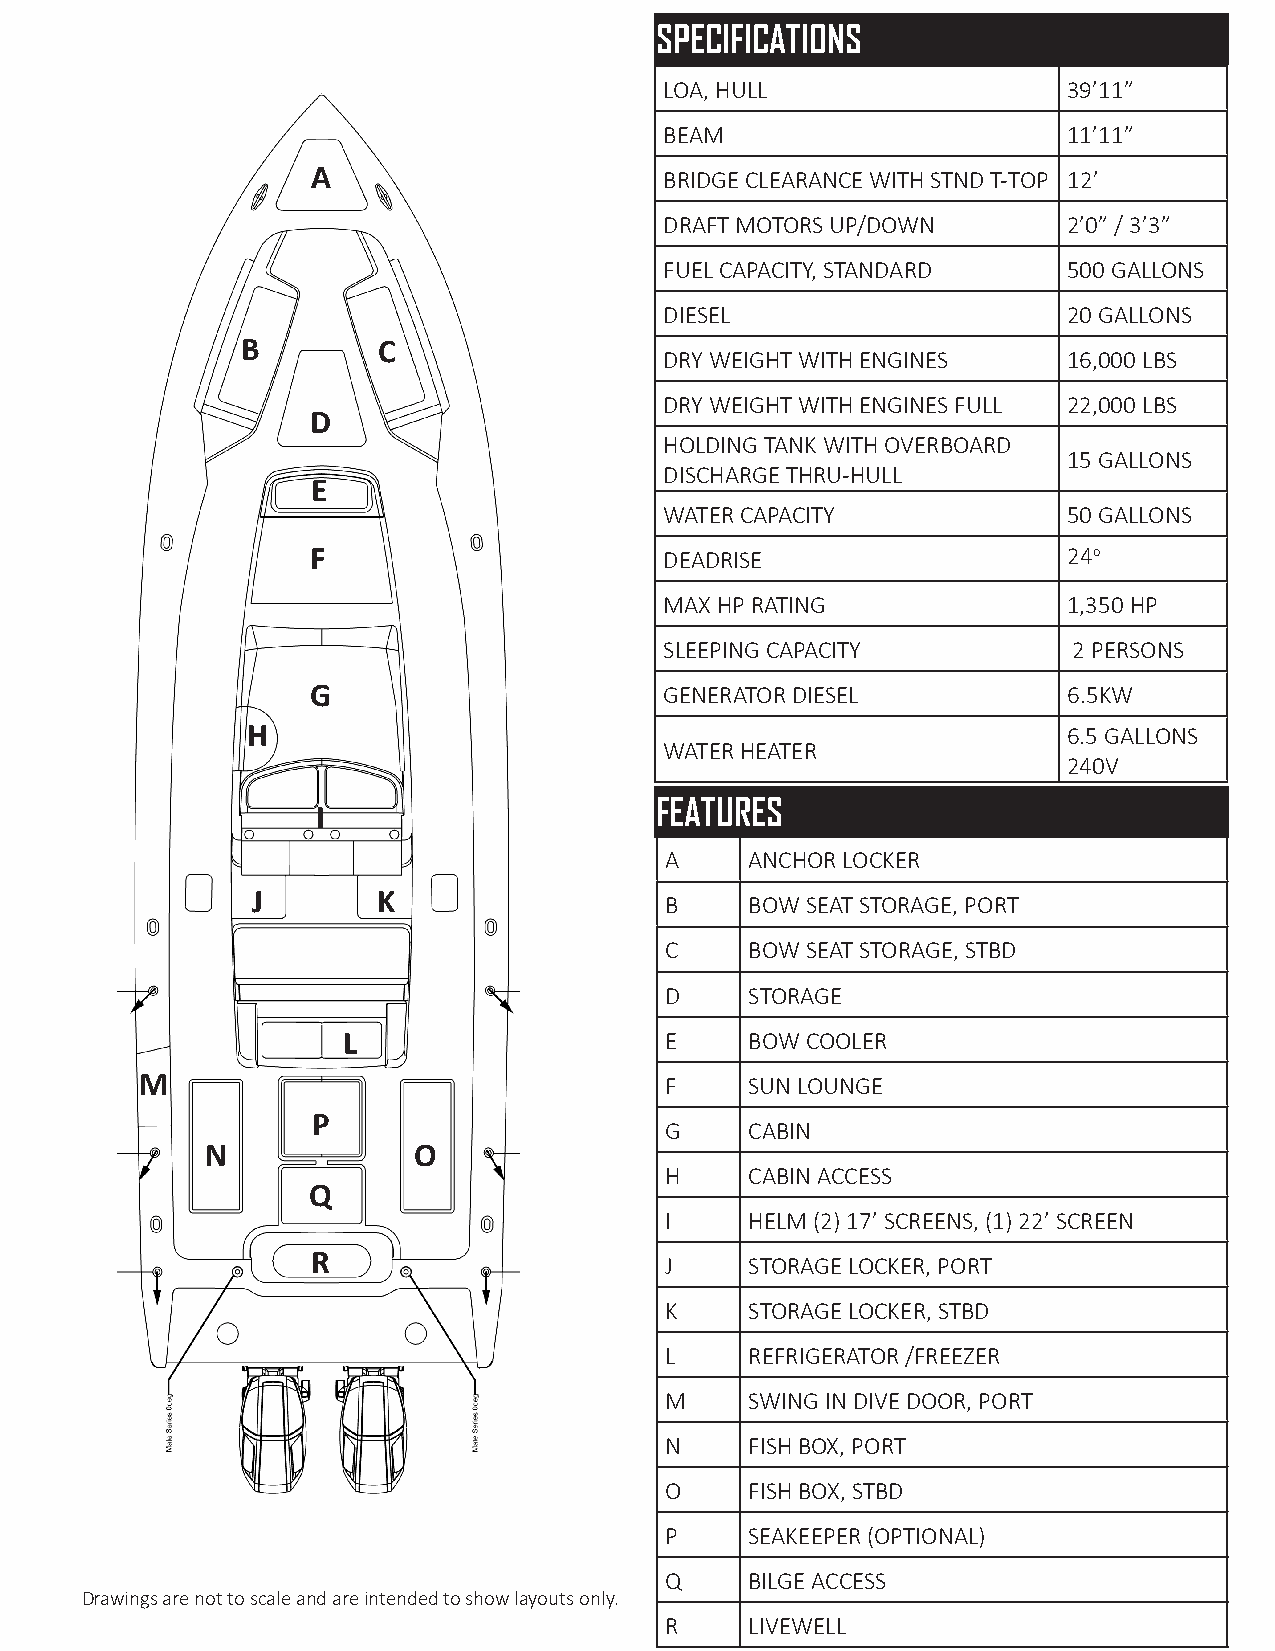
SPECIFICATIONS
 LOA, HULL                  39’11”
 BEAM                       11’11”
 BRIDGE CLEARANCE WITH STND T-TOP 12’
 DRAFT MOTORS UP/DOWN       2’0” / 3’3”
 FUEL CAPACITY, STANDARD    500 GALLONS
 DIESEL                     20 GALLONS
 B        C
 DRY WEIGHT WITH ENGINES    16,000 LBS
 DRY WEIGHT WITH ENGINES FULL 22,000 LBS
 D
 HOLDING TANK WITH OVERBOARD
 15 GALLONS
 DISCHARGE THRU-HULL
 E
 WATER CAPACITY             50 GALLONS
 F                      DEADRISE                   24o
 MAX HP RATING              1,350 HP
 SLEEPING CAPACITY          2 PERSONS
 G                      GENERATOR DIESEL           6.5KW
 H                                                      6.5 GALLONS
 WATER HEATER
 240V
 FEATURES
 I
 A     ANCHOR LOCKER
 J       K                  B     BOW SEAT STORAGE, PORT
 C     BOW SEAT STORAGE, STBD
 D     STORAGE
 L                    E     BOW COOLER
 M                                  F     SUN LOUNGE
 P
 G     CABIN
 N            O
 H     CABIN ACCESS
 Q
 I     HELM (2) 17’ SCREENS, (1) 22’ SCREEN
 R                      J     STORAGE LOCKER, PORT
 K     STORAGE LOCKER, STBD
 L     REFRIGERATOR /FREEZER
 M     SWING IN DIVE DOOR, PORT
 N     FISH BOX, PORT
 O     FISH BOX, STBD
 P     SEAKEEPER (OPTIONAL)
 Q     BILGE ACCESS
 Drawings are not to scale and are intended to show layouts only.
 R     LIVEWELL
 A